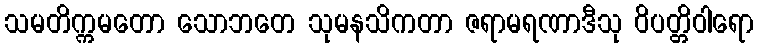
သမတိက္ကမတော သောဘတေ သုမနသိကတာ ဇရာမရဏာဒီသု ဝိပတ္တိဝါရော